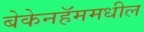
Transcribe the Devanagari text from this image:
बेकेनहॅममधील